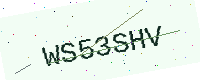
Text: WS53SHV